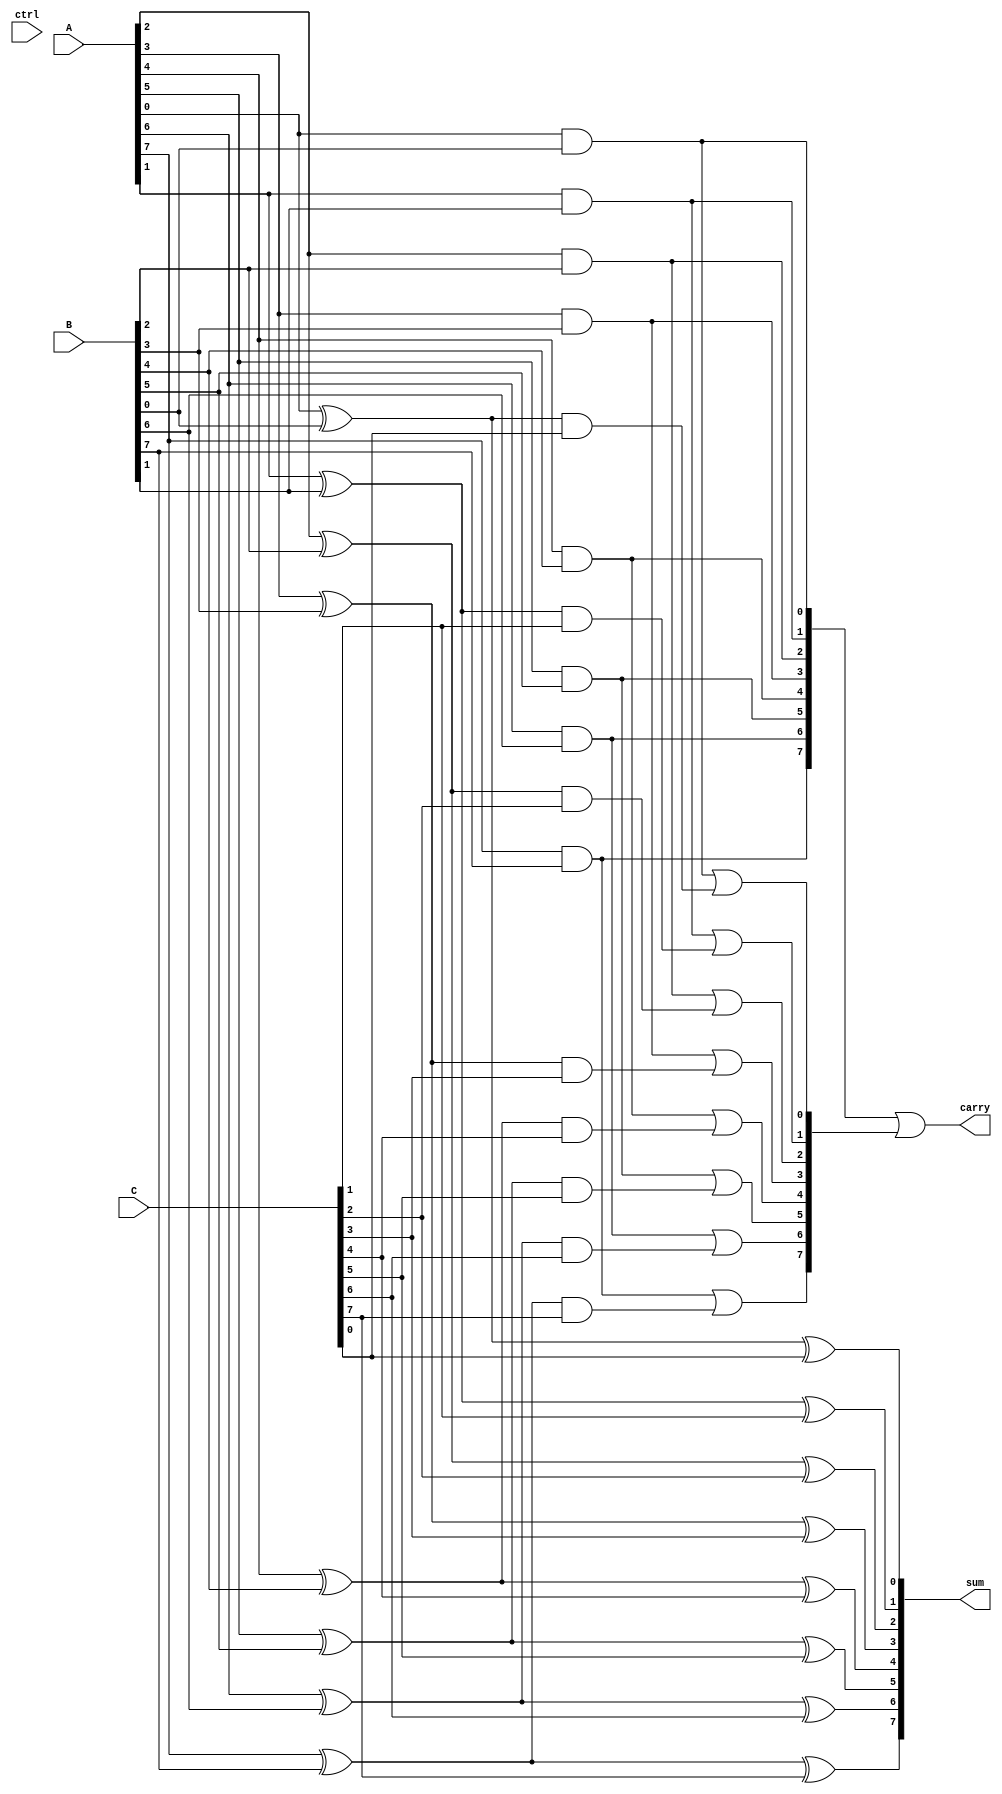
module CarrySaveAdder (
    input [N-1:0] A,      // First binary input
    input [N-1:0] B,      // Second binary input
    input [N-1:0] C,      // Third binary input
    input [1:0] ctrl,     // Control signal for operation mode
    output [N-1:0] sum,   // Final sum output
    output [N-1:0] carry   // Final carry output
);
    parameter N = 8; // Bit-width of inputs

    wire [N-1:0] partial_sum1, partial_sum2;
    wire [N-1:0] carry1, carry2;

    // Generate partial sums and carry bits using half adders
    genvar i;
    generate
        for (i = 0; i < N; i = i + 1) begin : CSA
            // First stage: Add A and B
            assign partial_sum1[i] = A[i] ^ B[i];  // Sum bit
            assign carry1[i] = A[i] & B[i];         // Carry bit

            // Second stage: Add partial sum1 and C
            assign partial_sum2[i] = partial_sum1[i] ^ C[i]; // Sum bit
            assign carry2[i] = carry1[i] | (partial_sum1[i] & C[i]); // Carry bit
        end
    endgenerate

    // Final stage: Combine the carries and sums
    assign sum = partial_sum2; // Final sum output
    assign carry = carry1 | carry2; // Final carry output

endmodule